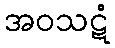
အဝသဋံ